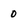
Character: 0